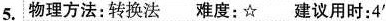
5.物理方法：转换法 难度：☆ 建议用时：4'